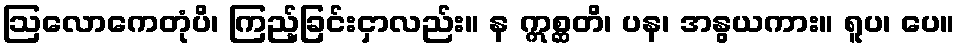
ဩလောကေတုံပိ၊ ကြည့်ခြင်းငှာလည်း။ န ဣစ္ဆတိ၊ ပန၊ အနွယကား။ ရူပ၊ ပေ။